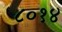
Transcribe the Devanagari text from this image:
८०१४